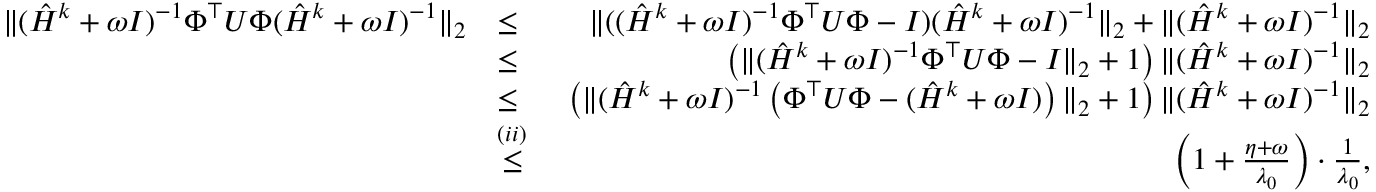
\begin{array} { r l r } { \| ( \hat { H } ^ { k } + \omega I ) ^ { - 1 } \Phi ^ { \top } U \Phi ( \hat { H } ^ { k } + \omega I ) ^ { - 1 } \| _ { 2 } } & { \leq } & { \, \, \| ( ( \hat { H } ^ { k } + \omega I ) ^ { - 1 } \Phi ^ { \top } U \Phi - I ) ( \hat { H } ^ { k } + \omega I ) ^ { - 1 } \| _ { 2 } + \| ( \hat { H } ^ { k } + \omega I ) ^ { - 1 } \| _ { 2 } } \\ & { \leq } & { \, \, \left( \| ( \hat { H } ^ { k } + \omega I ) ^ { - 1 } \Phi ^ { \top } U \Phi - I \| _ { 2 } + 1 \right) \| ( \hat { H } ^ { k } + \omega I ) ^ { - 1 } \| _ { 2 } } \\ & { \leq } & { \, \, \left( \| ( \hat { H } ^ { k } + \omega I ) ^ { - 1 } \left( \Phi ^ { \top } U \Phi - ( \hat { H } ^ { k } + \omega I ) \right) \| _ { 2 } + 1 \right) \| ( \hat { H } ^ { k } + \omega I ) ^ { - 1 } \| _ { 2 } } \\ & { \overset { ( i i ) } { \leq } } & { \, \, \left( 1 + \frac { \eta + \omega } { \lambda _ { 0 } } \right) \cdot \frac { 1 } { \lambda _ { 0 } } , } \end{array}